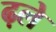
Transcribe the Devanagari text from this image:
ढ़ले